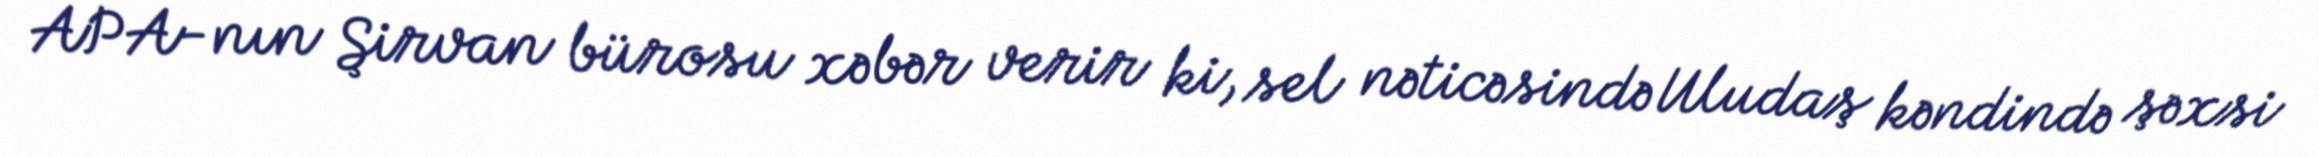
APA-nın Şirvan bürosu xəbər verir ki, sel nəticəsində Uludaş kəndində şəxsi